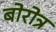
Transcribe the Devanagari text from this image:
बोरोत्र